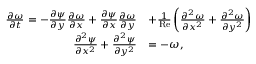
\begin{array} { r l } { \frac { \partial \omega } { \partial t } = - \frac { \partial \psi } { \partial y } \frac { \partial \omega } { \partial x } + \frac { \partial \psi } { \partial x } \frac { \partial \omega } { \partial y } } & { + \frac { 1 } { \mathrm { R e } } \left( \frac { \partial ^ { 2 } \omega } { \partial x ^ { 2 } } + \frac { \partial ^ { 2 } \omega } { \partial y ^ { 2 } } \right) } \\ { \frac { \partial ^ { 2 } \psi } { \partial x ^ { 2 } } + \frac { \partial ^ { 2 } \psi } { \partial y ^ { 2 } } } & { = - \omega , } \end{array}